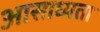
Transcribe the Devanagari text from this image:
आसाध्यता